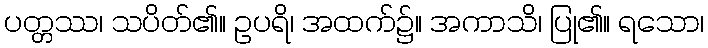
ပတ္တဿ၊ သပိတ်၏။ ဥပရိ၊ အထက်၌။ အကာသိ၊ ပြု၏။ ရသော၊